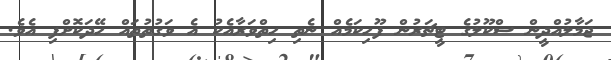
ޖަމާލުއްދީން ސްކޫލުގެ ޓީޗަރުން ފޫހިކަމެއް ނެތި ހިތްވަރާއެކު އެ ވަގުތުތައް ހޭދަކޮށްފި އެވެ.